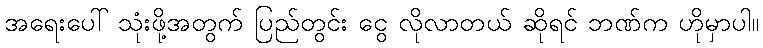
အရေးပေါ် သုံးဖို့အတွက် ပြည်တွင်း ငွေ လိုလာတယ် ဆိုရင် ဘဏ်က ဟိုမှာပါ။